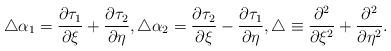
LaTeX: \begin{align*}\triangle \alpha_1 = \frac{\partial \tau_1}{\partial \xi} + \frac{\partial \tau_2}{\partial \eta},\triangle \alpha_2 = \frac{\partial \tau_2}{\partial \xi} - \frac{\partial \tau_1}{\partial\eta}, \triangle \equiv \frac{\partial^2 }{\partial \xi^2} + \frac{\partial^2 }{\partial\eta^2}.\end{align*}